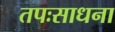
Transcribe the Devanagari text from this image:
तपःसाधना